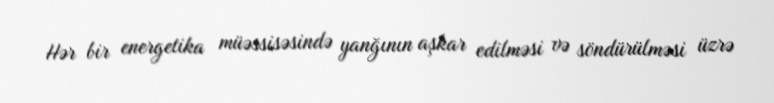
Hər bir energetika müəssisəsində yanğının aşkar edilməsi və söndürülməsi üzrə